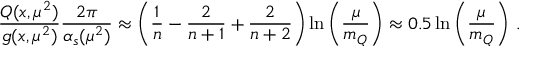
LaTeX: \frac { Q ( x , \mu ^ { 2 } ) } { g ( x , \mu ^ { 2 } ) } \frac { 2 \pi } { \alpha _ { s } ( \mu ^ { 2 } ) } \approx \left( \frac { 1 } { n } - \frac { 2 } { n + 1 } + \frac { 2 } { n + 2 } \right) \ln \left( \frac { \mu } { m _ { Q } } \right) \approx 0 . 5 \ln \left( \frac { \mu } { m _ { Q } } \right) \, .